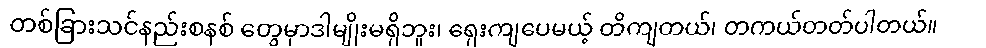
တစ်ခြားသင်နည်းစနစ် တွေမှာဒါမျိုးမရှိဘူး၊ ရှေးကျပေမယ့် တိကျတယ်၊ တကယ်တတ်ပါတယ်။